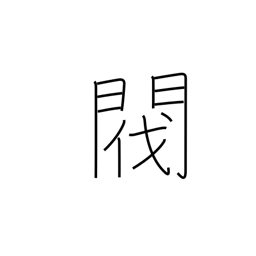
Meaning: pedigree